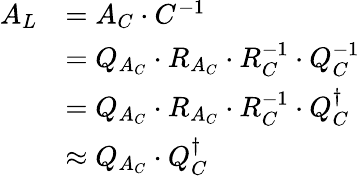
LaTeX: \begin{array}{rl}{A_{L}}&{=A_{C}\cdot C^{-1}}\\ &{=Q_{A_{C}}\cdot R_{A_{C}}\cdot R_{C}^{-1}\cdot Q_{C}^{-1}}\\ &{=Q_{A_{C}}\cdot R_{A_{C}}\cdot R_{C}^{-1}\cdot Q_{C}^{\dagger}}\\ &{\approx Q_{A_{C}}\cdot Q_{C}^{\dagger}}\end{array}